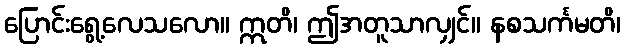
ပြောင်းရွေ့လေသလော။ ဣတိ၊ ဤအတူသာလျှင်။ နစသင်္ကမတိ၊